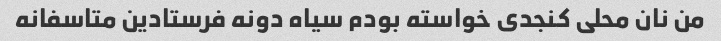
من نان محلی کنجدی خواسته بودم سیاه دونه فرستادین متاسفانه